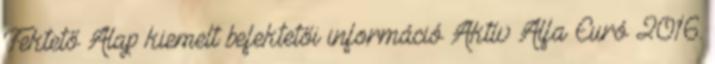
Fektető Alap kiemelt befektetői információ Aktív Alfa Euró 2016.